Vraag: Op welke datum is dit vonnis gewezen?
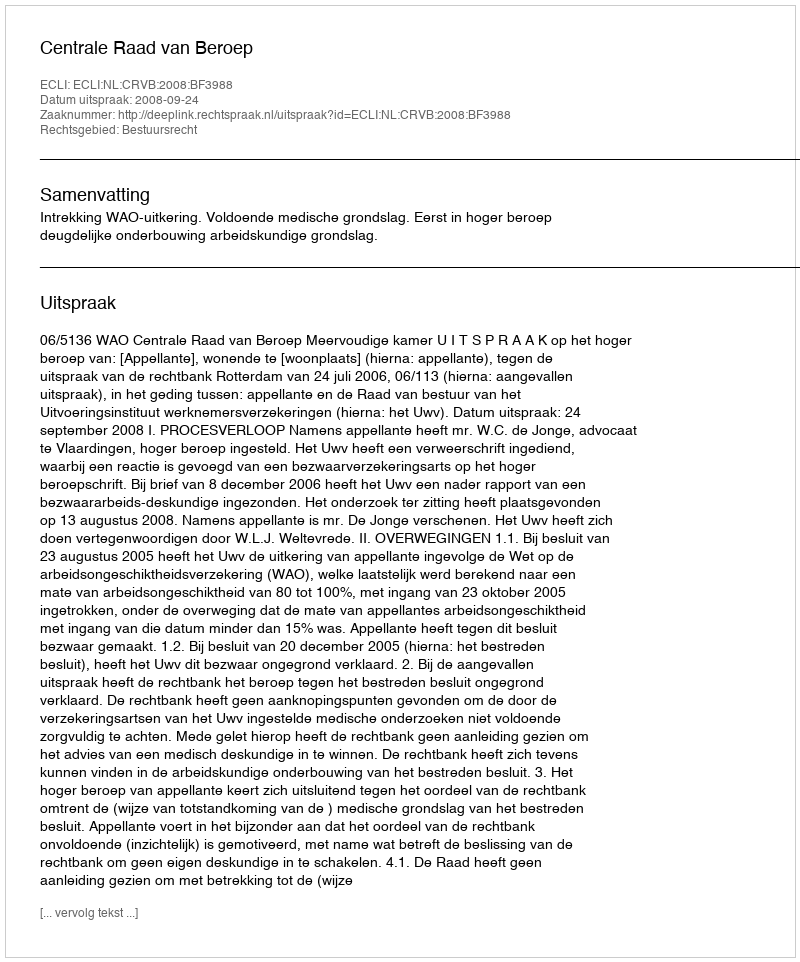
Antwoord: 2008-09-24